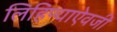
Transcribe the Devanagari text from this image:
लिहिण्याऐवजी